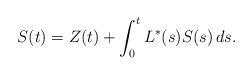
\begin{align*}S(t) = Z(t) + \int_0^t L^*(s) S(s) \, ds. \end{align*}